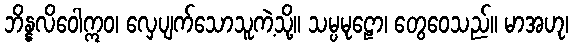
ဘိန္နလိဝေါဣဝ၊ လှေပျက်သောသူကဲ့သို့။ သမ္ပမုဠော၊ တွေဝေသည်။ မာအဟု၊